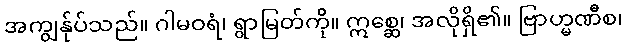
အကျွန်ုပ်သည်။ ဂါမဝရံ၊ ရွာမြတ်ကို။ ဣစ္ဆေ၊ အလိုရှိ၏။ ဗြာဟ္မဏီစ၊